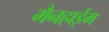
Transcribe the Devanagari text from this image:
मैनहाईम